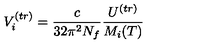
V _ { i } ^ { ( t r ) } = \frac { c } { 3 2 \pi ^ { 2 } N _ { f } } \frac { U ^ { ( t r ) } } { M _ { i } ( T ) }